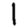
Digit: 1